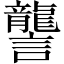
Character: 讋